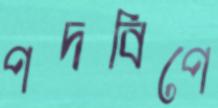
পদবিপে